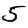
Digit: 5